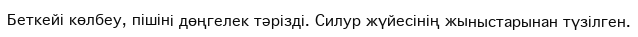
Беткейі көлбеу, пішіні дөңгелек тәрізді. Силур жүйесінің жыныстарынан түзілген.